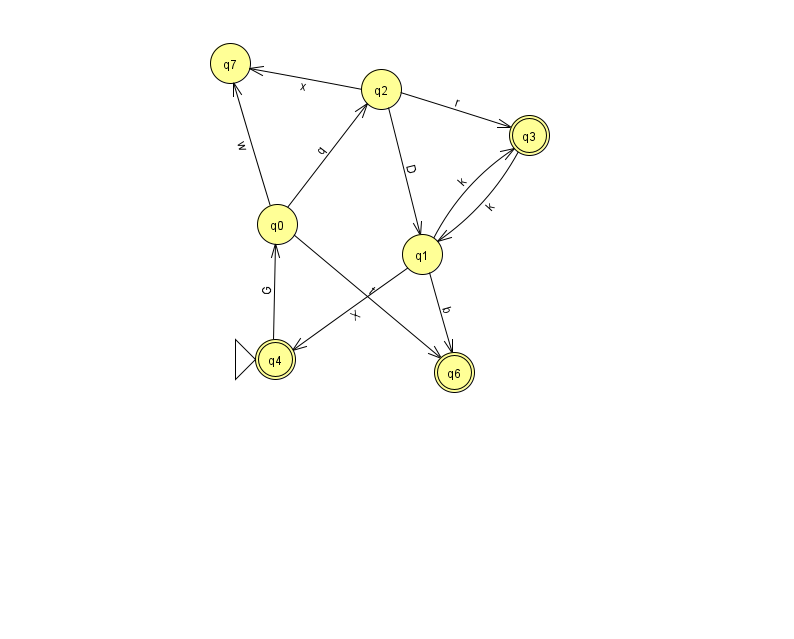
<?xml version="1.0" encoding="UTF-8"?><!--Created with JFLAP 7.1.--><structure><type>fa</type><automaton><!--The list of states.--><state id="0" name="q0"><x>277.0</x><y>211.0</y></state><state id="1" name="q1"><x>422.0</x><y>241.0</y></state><state id="2" name="q2"><x>381.0</x><y>76.0</y></state><state id="3" name="q3"><x>529.0</x><y>122.0</y><final/></state><state id="4" name="q4"><x>275.0</x><y>346.0</y><initial/><final/></state><state id="6" name="q6"><x>454.0</x><y>359.0</y><final/></state><state id="7" name="q7"><x>230.0</x><y>50.0</y></state><!--The list of transitions.--><transition><from>1</from><to>3</to><read>k</read></transition><transition><from>3</from><to>1</to><read>k</read></transition><transition><from>2</from><to>1</to><read>D</read></transition><transition><from>0</from><to>7</to><read>w</read></transition><transition><from>1</from><to>4</to><read>X</read></transition><transition><from>4</from><to>0</to><read>G</read></transition><transition><from>1</from><to>6</to><read>b</read></transition><transition><from>2</from><to>7</to><read>x</read></transition><transition><from>0</from><to>2</to><read>q</read></transition><transition><from>2</from><to>3</to><read>r</read></transition><transition><from>0</from><to>6</to><read>t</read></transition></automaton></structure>